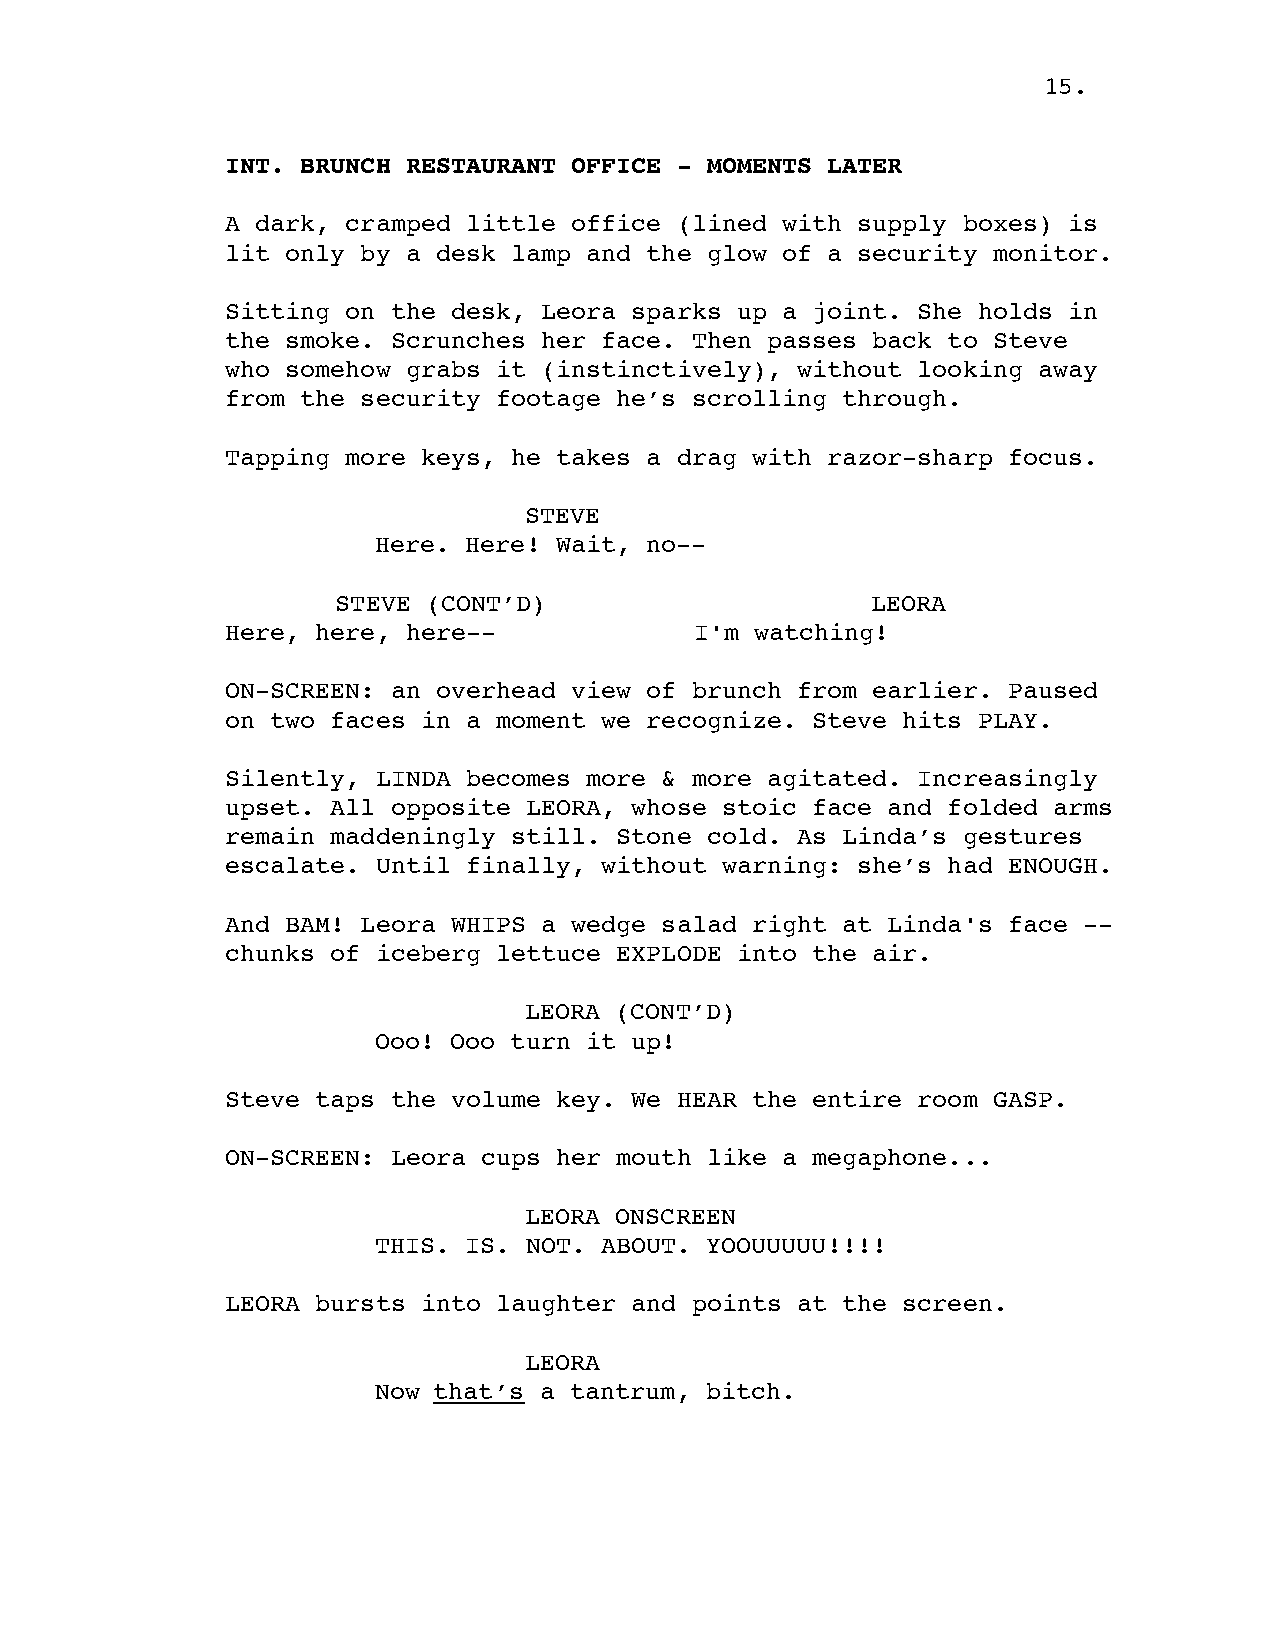
15.
 INT. BRUNCH RESTAURANT OFFICE - MOMENTS LATER
 A dark, cramped little office (lined with supply boxes) is
 lit only by a desk lamp and the glow of a security monitor.
 Sitting on the desk, Leora sparks up a joint. She holds in
 the smoke. Scrunches her face. Then passes back to Steve
 who somehow grabs it (instinctively), without looking away
 from the security footage he’s scrolling through.
 Tapping more keys, he takes a drag with razor-sharp focus.
 STEVE
 Here. Here! Wait, no--
 STEVE (CONT’D)                      LEORA
 Here, here, here--             I'm watching!
 ON-SCREEN: an overhead view of brunch from earlier. Paused
 on two faces in a moment we recognize. Steve hits PLAY.
 Silently, LINDA becomes more & more agitated. Increasingly
 upset. All opposite LEORA, whose stoic face and folded arms
 remain maddeningly still. Stone cold. As Linda’s gestures
 escalate. Until finally, without warning: she’s had ENOUGH.
 And BAM! Leora WHIPS a wedge salad right at Linda's face --
 chunks of iceberg lettuce EXPLODE into the air.
 LEORA (CONT’D)
 Ooo! Ooo turn it up!
 Steve taps the volume key. We HEAR the entire room GASP.
 ON-SCREEN: Leora cups her mouth like a megaphone...
 LEORA ONSCREEN
 THIS. IS. NOT. ABOUT. YOOUUUUU!!!!
 LEORA bursts into laughter and points at the screen.
 LEORA
 Now that’s a tantrum, bitch.